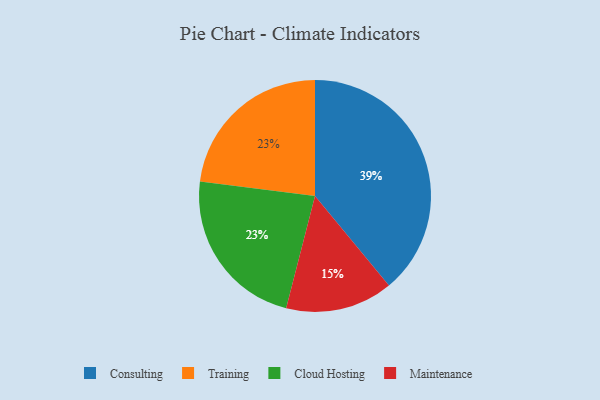
{"axis": {"x": "Category", "y": "Percentage"}, "legend": ["Cloud Hosting", "Consulting", "Maintenance", "Training"], "data": [{"x": "Maintenance", "y": 15, "type": "Maintenance"}, {"x": "Training", "y": 23, "type": "Training"}, {"x": "Cloud Hosting", "y": 23, "type": "Cloud Hosting"}, {"x": "Consulting", "y": 39, "type": "Consulting"}]}